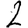
Digit: 2